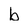
Character: b